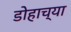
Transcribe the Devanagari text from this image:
डोहाच्या